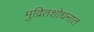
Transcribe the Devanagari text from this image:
मुद्रितशोधनात